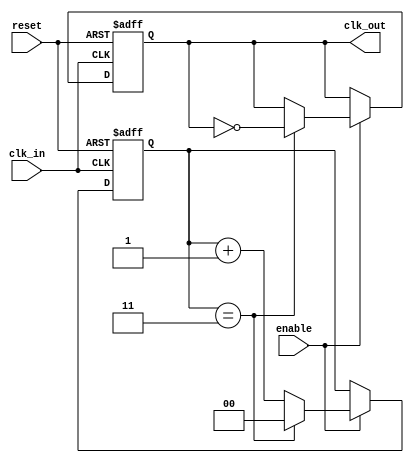
module parameterized_clock_divider #(
    parameter DIV_FACTOR = 4  // Default division factor
)(
    input wire clk_in,         // Input clock signal
    input wire reset,          // Asynchronous reset signal
    input wire enable,         // Enable signal
    output reg clk_out         // Output clock signal
);

    // Counter to keep track of clock cycles
    reg [$clog2(DIV_FACTOR)-1:0] counter;

    // Synchronous process
    always @(posedge clk_in or posedge reset) begin
        if (reset) begin
            // On reset, initialize counter and output clock
            counter <= 0;
            clk_out <= 0;
        end else if (enable) begin
            // Increment the counter
            if (counter == DIV_FACTOR - 1) begin
                // Toggle output clock and reset counter
                clk_out <= ~clk_out;
                counter <= 0;
            end else begin
                // Increment counter
                counter <= counter + 1;
            end
        end
    end

endmodule